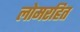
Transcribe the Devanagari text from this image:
लोमरहित